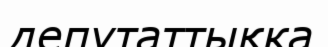
депутаттықка